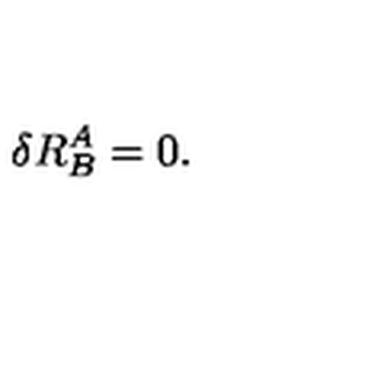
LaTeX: \delta R _ { B } ^ { A } = 0 .